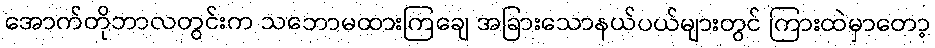
အောက်တိုဘာလတွင်းက သဘောမထားကြချေ အခြားသောနယ်ပယ်များတွင် ကြားထဲမှာတော့